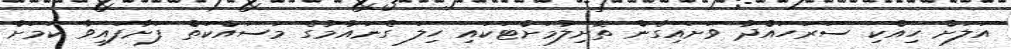
އަލަށް ހިއްކި ސަރަހައްދު ވަށައިގެން ތޮށިލުމަށްޓަކައި ހިލަ ގެނައުމުގެ މަސައްކަތް ފަށާފައިވާ ކަމަށް